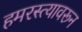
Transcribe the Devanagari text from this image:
हमरस्त्यावरून